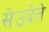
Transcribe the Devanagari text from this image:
सेउदेते